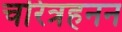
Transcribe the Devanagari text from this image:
चरित्रहनन